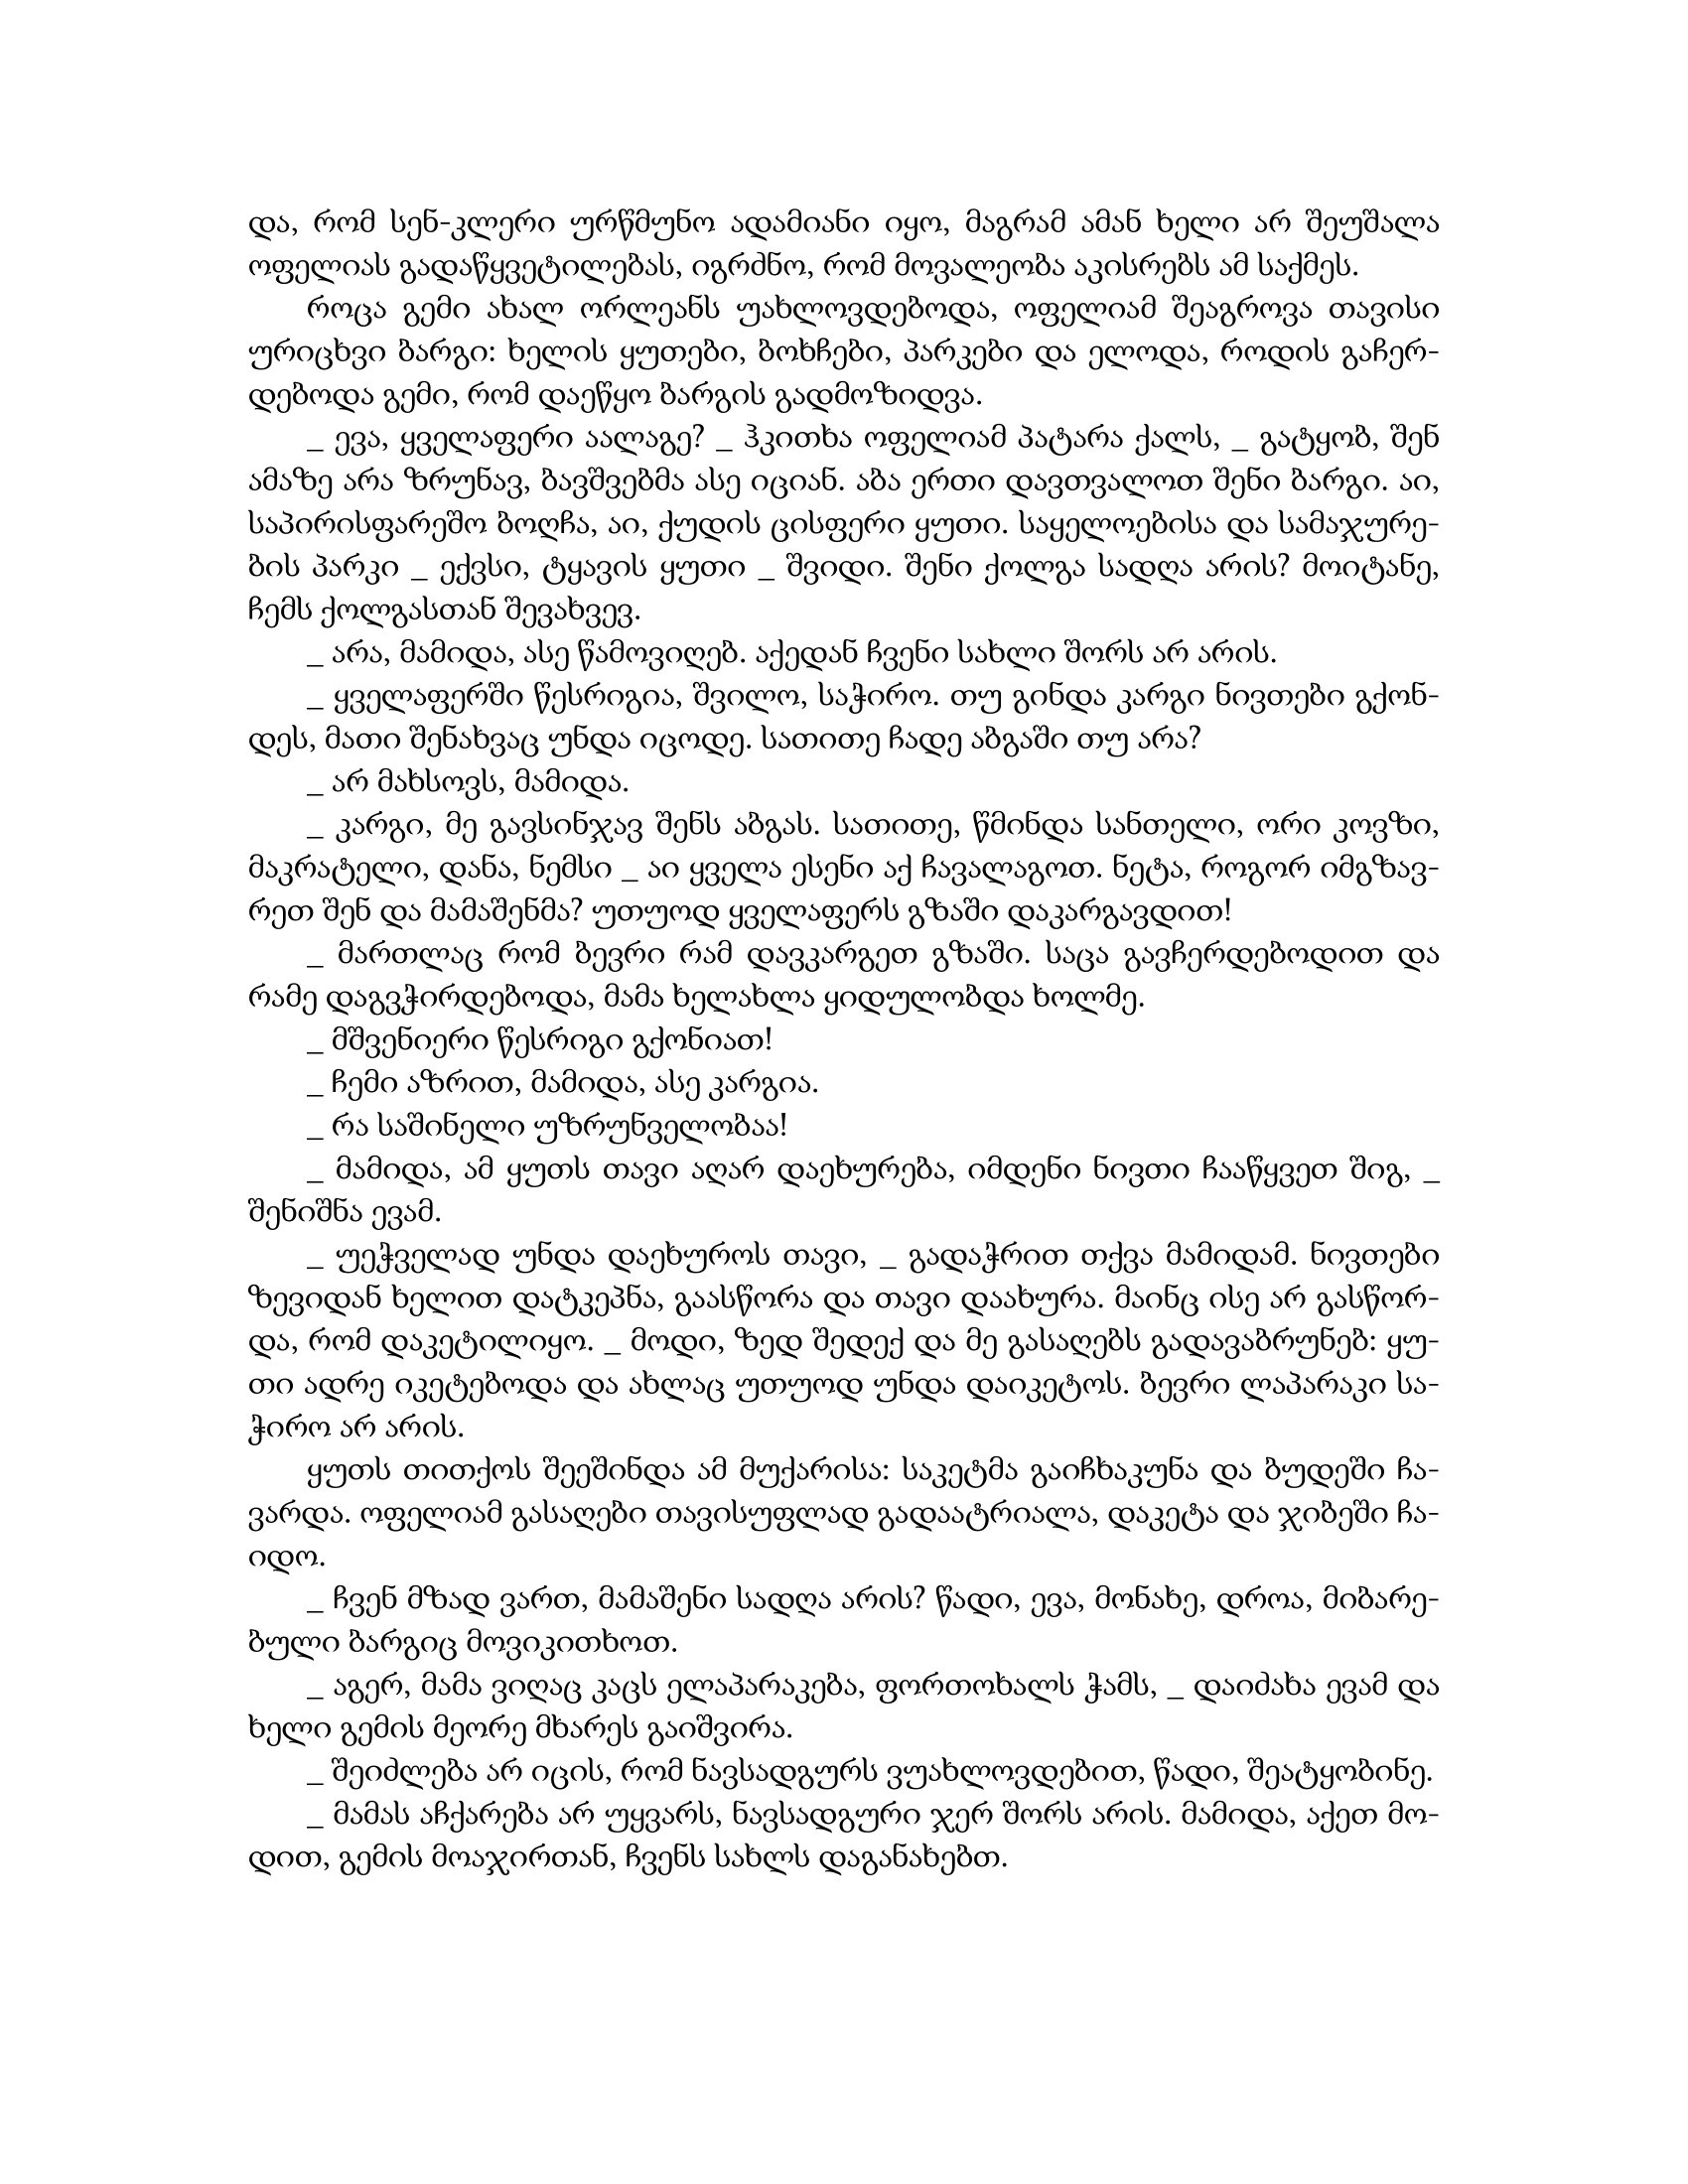
Language: gr